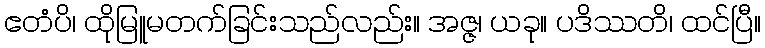
ဧတံပိ၊ ထိုမြူမတက်ခြင်းသည်လည်း။ အဇ္ဇ၊ ယခု။ ပဒိဿတိ၊ ထင်ပြီ။